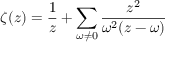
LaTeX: \zeta ( z ) = \frac { 1 } { z } + \sum _ { \omega \neq 0 } \frac { z ^ { 2 } } { \omega ^ { 2 } ( z - \omega ) }